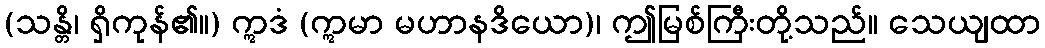
(သန္တိ၊ ရှိကုန်၏။) ဣဒံ (ဣမာ မဟာနဒိယော)၊ ဤမြစ်ကြီးတို့သည်။ သေယျထာ